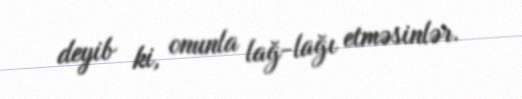
deyib ki, onunla lağ-lağı etməsinlər.